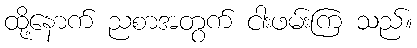
ထို့နောက် ညစာအတွက် ငါးဖမ်းကြ သည်။